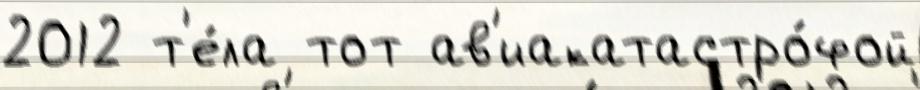
2012 т'е́ла тот ав'иакатастро́фой